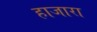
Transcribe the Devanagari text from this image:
हाजारा